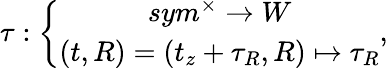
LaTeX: \tau:\left\{ \begin{array}{c}{{sym^{\times}\rightarrow W}}\\ {{\left(t,R\right)=\left(t_{z}+\tau_{R},R\right)\mapsto\tau_{R}}}\end{array}\right.,